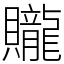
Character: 贚